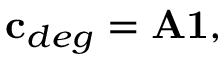
{ \bf c } _ { d e g } = { \bf A 1 } ,